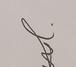
Signature authenticity: genuine